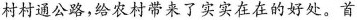
村村通公路，给农村带来了实实在另外两处问题。在的好处。首